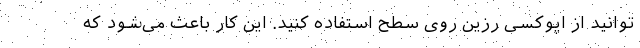
توانید از اپوکسی رزین روی سطح استفاده کنید. این کار باعث می‌شود که